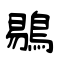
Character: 鶍